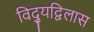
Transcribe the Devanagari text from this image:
विद्युद्विलास